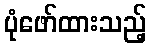
ပုံဖော်ထားသည့်